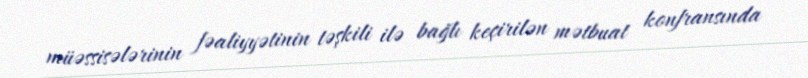
müəssisələrinin fəaliyyətinin təşkili ilə bağlı keçirilən mətbuat konfransında